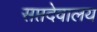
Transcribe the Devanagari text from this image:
सप्तदेवालय